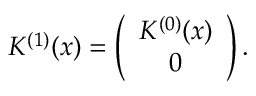
K ^ { ( 1 ) } ( x ) = \left( \begin{array} { c } { { K ^ { ( 0 ) } ( x ) } } \\ { { 0 } } \end{array} \right) .